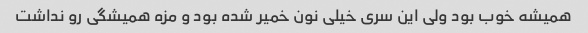
همیشه خوب بود ولی این سری خیلی نون خمیر شده بود و مزه همیشگی رو نداشت